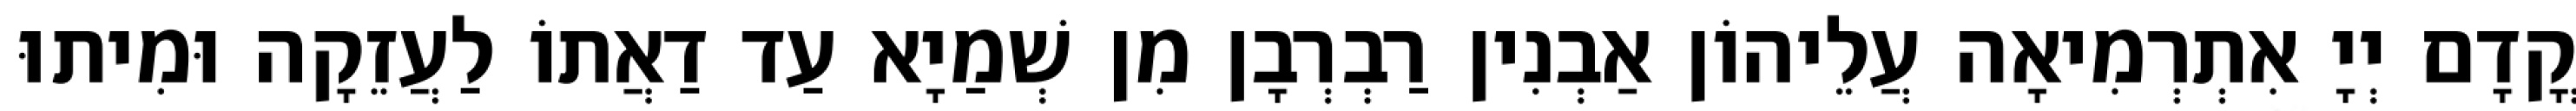
קֳדָם יְיָ אִתְרְמִיאָה עֲלֵיהוֹן אַבְנִין רַבְרְבָן מִן שְׁמַיָא עַד דַאֲתוֹ לַעֲזֵקָה וּמִיתוּ